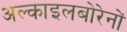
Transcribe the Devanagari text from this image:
अल्काइलबोरेनों